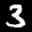
Label: 3